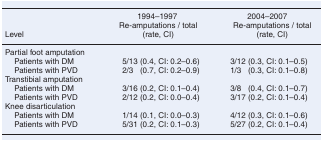
<table><thead><tr><td><b>Level</b></td><td><b>1994–1997Re-amputations / total (rate, CI)</b></td><td><b>2004–2007Re-amputations / total (rate, CI)</b></td></tr></thead><tbody><tr><td colspan="3">Partial foot amputation</td></tr><tr><td> Patients with DM</td><td>5/13 (0.4, CI: 0.2–0.6)</td><td>3/12 (0.3, CI: 0.1–0.5)</td></tr><tr><td> Patients with PVD</td><td>2/3 (0.7, CI: 0.2–0.9)</td><td>1/3 (0.3, CI: 0.1–0.8)</td></tr><tr><td colspan="3">Transtibial amputation</td></tr><tr><td> Patients with DM</td><td>3/16 (0.2, CI: 0.1–0.4)</td><td>3/8 (0.4, CI: 0.1–0.7)</td></tr><tr><td> Patients with PVD</td><td>2/12 (0.2, CI: 0.0–0.4)</td><td>3/17 (0.2, CI: 0.1–0.4)</td></tr><tr><td colspan="3">Knee disarticulation</td></tr><tr><td> Patients with DM</td><td>1/14 (0.1, CI: 0.0–0.3)</td><td>4/12 (0.3, CI: 0.1–0.6)</td></tr><tr><td> Patients with PVD</td><td>5/31 (0.2, CI: 0.1–0.3)</td><td>5/27 (0.2, CI: 0.1–0.4)</td></tr></tbody></table>